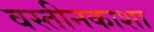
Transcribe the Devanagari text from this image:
वस्तीनकाशा